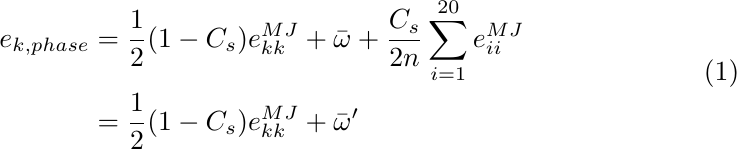
\begin{equation}
\begin{split}
e_{k,phase}&=\frac{1}{2}(1-C_{s})e_{kk}^{MJ}+\bar{\omega}+\frac{C_{s}}{2n}\sum_{i=1}^{20}e_{ii}^{MJ}\\&= \frac{1}{2}(1-C_{s})e_{kk}^{MJ}+\bar{\omega}'
\end{split}
\end{equation}\label{Leonhard}